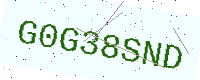
Text: G0G38SND